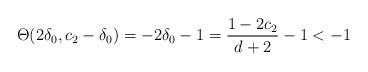
LaTeX: \begin{align*}\Theta(2\delta_{0},c_{2}-\delta_{0})=-2\delta_{0}-1=\frac{1-2c_{2}}{d+2}-1<-1\end{align*}